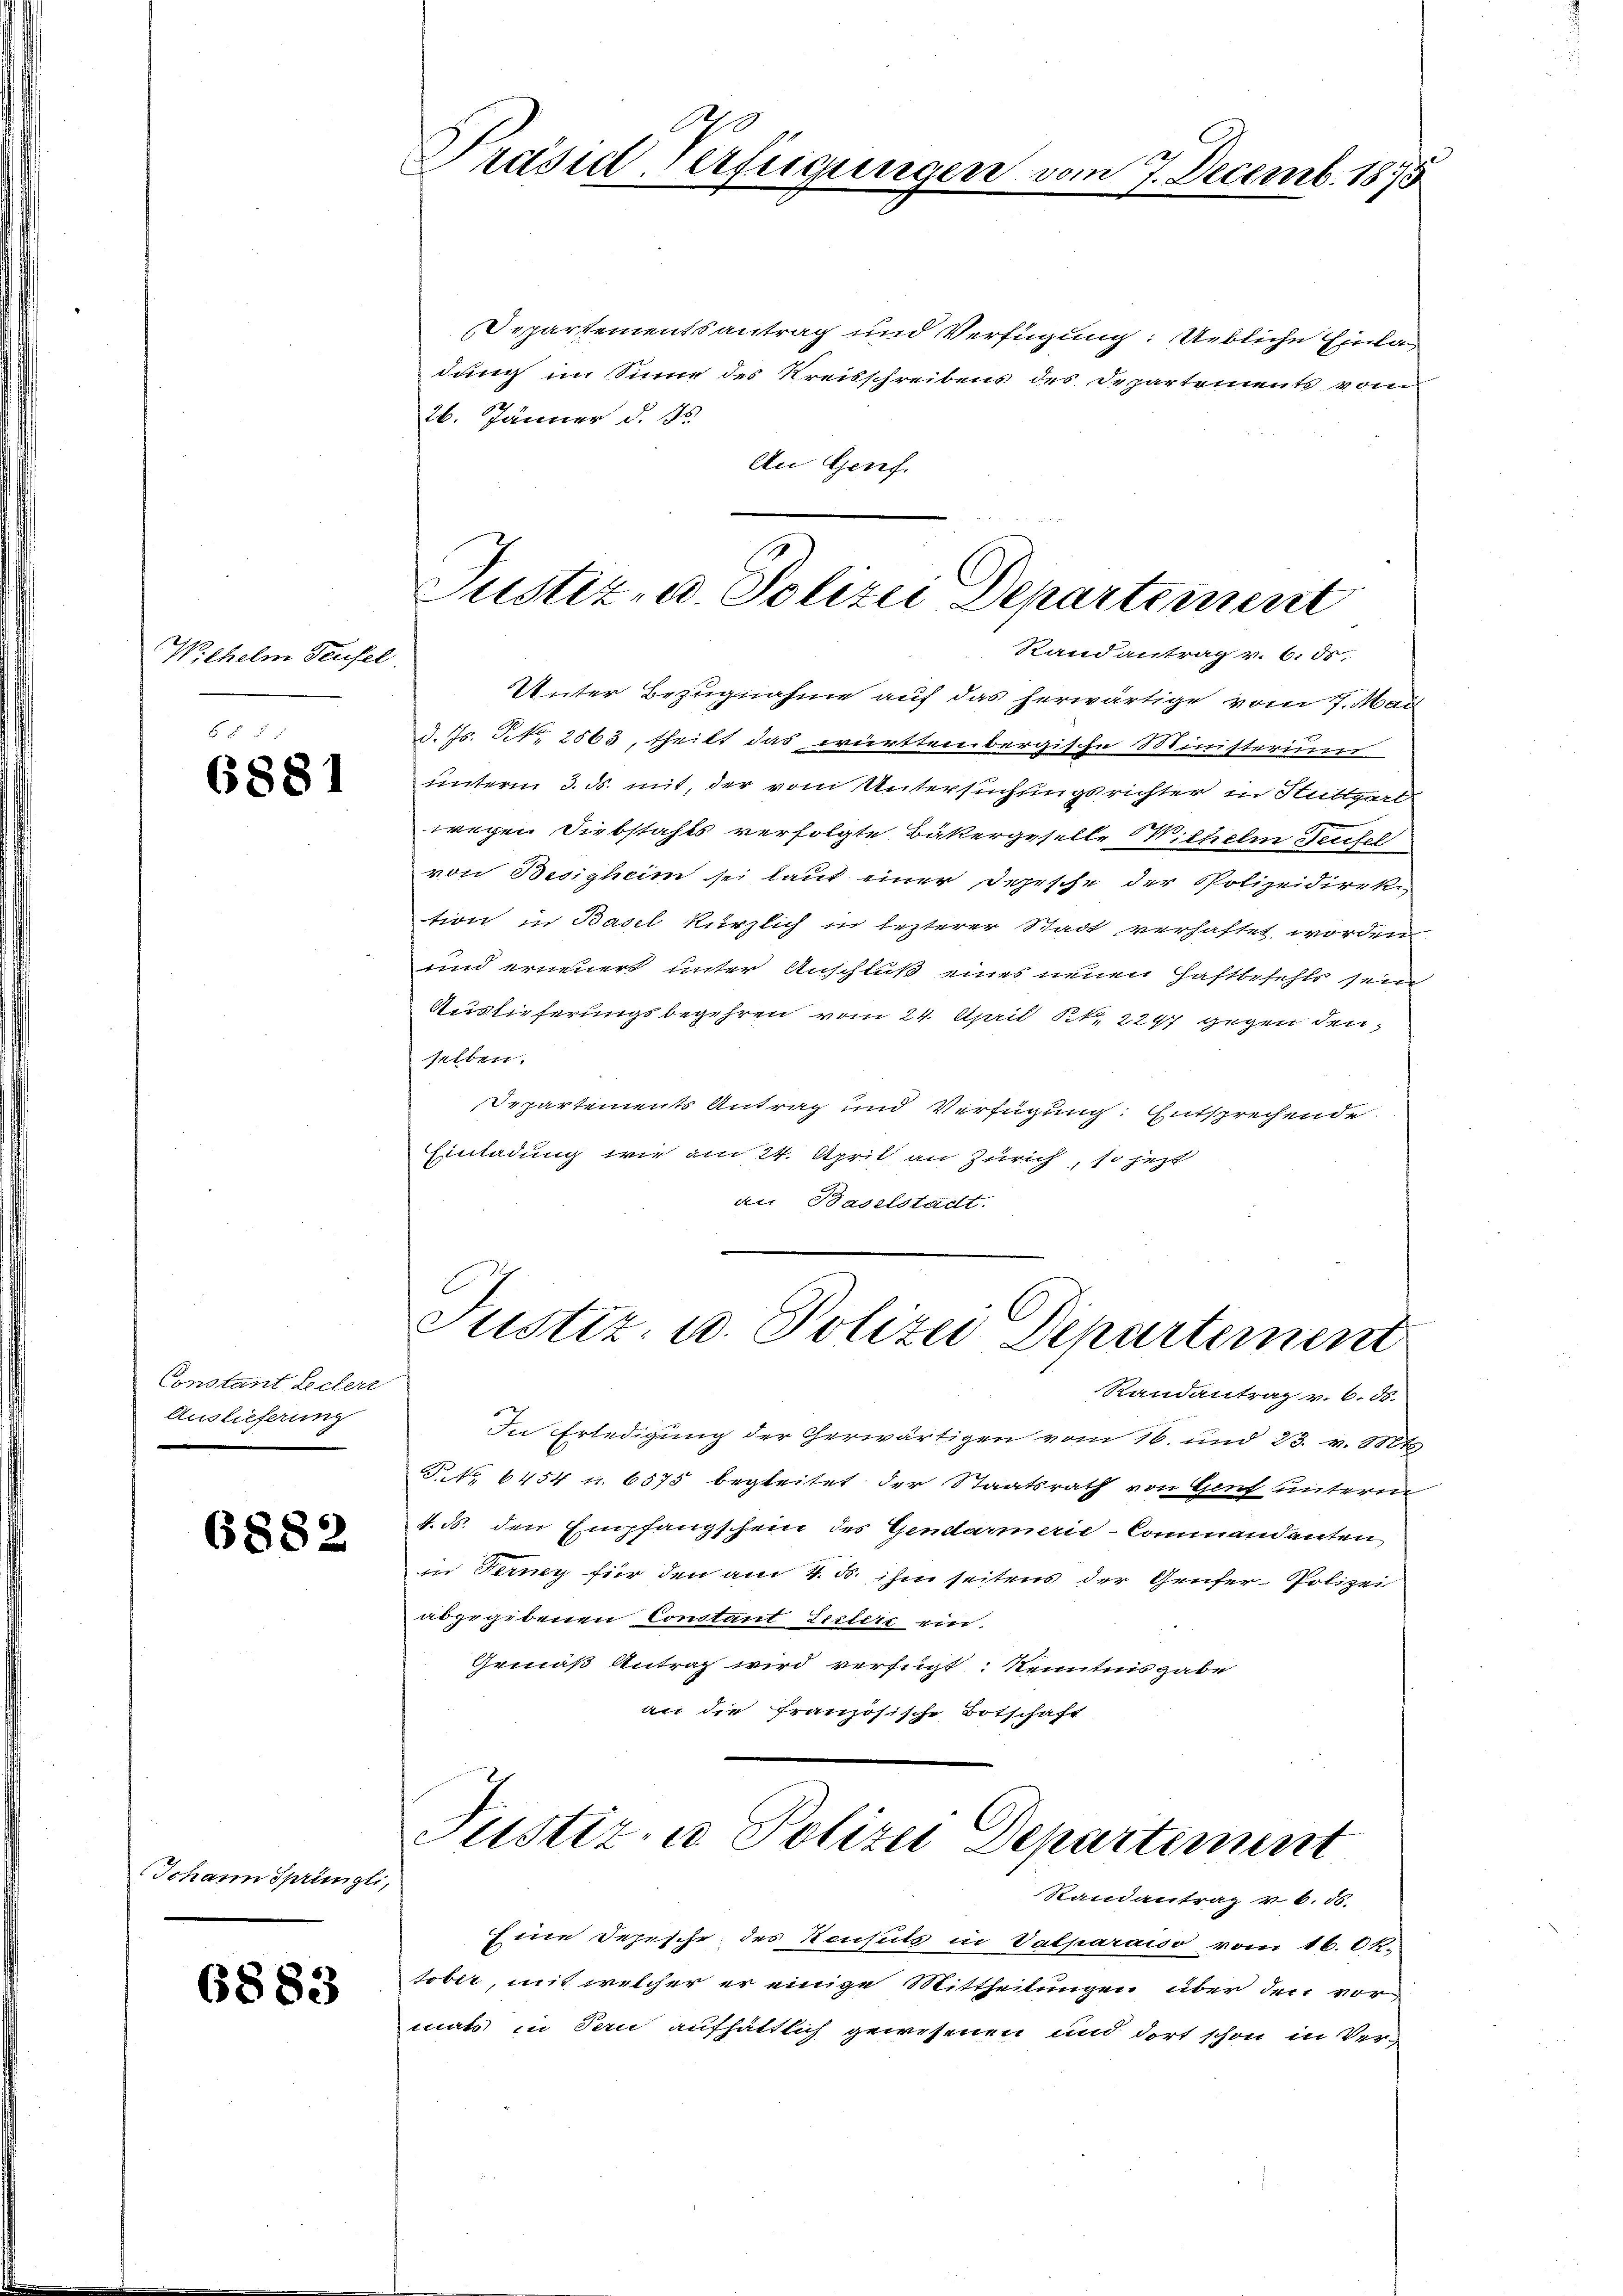
Wichelm Teufel

6881

Constant Lectere
Auslieferung

6882

Johann Sprüngl

6883

Departementsantrag und Verfügung: Uebliche Einle
dung im Sinne des Kreisschreibens des Departements vom
26. Jänner d. 86.
An Genf.
Randantrag v. 6. ds
Unter Bezugnahme auf das herwärtige vom 7. Mail
d. Js. N. 2563, theilt das württembergische Ministerium
unterm 3. ds. mit, der vom Untersuchungsrichter in Stuttgart
wegen Diebstahls verfolgte Bäkergeselle Wilhelm Teufel
von Besizheim sei laut einer Depesche der Polizeidirek
tion in Basel kürzlich in lezterer Stadt verhaftet worden.
und erneuert unter Anschluß eines neuen Haftbefehls sein
Auslieferungsbegehren vom 24. April § 2297 gegen denselben.
Departements Antrag und Verfügung: Entsprechende
Einladung wie am 24. April an Zürich, so jezt
an Baselstacht.

Präsid. Verfügungen vom 7. Decemb. 1875

Justiz- u. Polizei Departement

Justiz- u. Polizei Departement

Randantrag v. 6. ds.
In Erledigung der Gerwärtigen vom 16. und 23. v. 1807
P. Nr. 6454 u. 6575 begleitet der Staatsrath von Genf unterm
4. ds. den Empfangschein des Gendarmerić - Commandanten
in Terney für den am 4. d. ihm seitens der Genfer- Polizei
abgegebenen Constant Listers ein.
Gemäß Antrag wird verfügt: Kenntnisgabe
an die französische Botschaft

Justiz- u. Polizei Departement
.
Randantrag v. 6. 56.

Eine Depesche des Konsuls in Valparaiso vom 16. Ok-
tober, mit welcher er einige Mittheilungen über den vor
maß in den aufhältlich gewesenen und dort schon in Ver¬